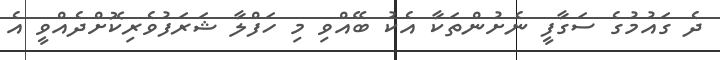
ދެ ގައުމުގެ ސަގާފީ ނެށުންތަކާ އެކު ބޭއްވި މި ހަފްލާ ޝަރަފުވެރިކޮށްދެއްވީ އެ